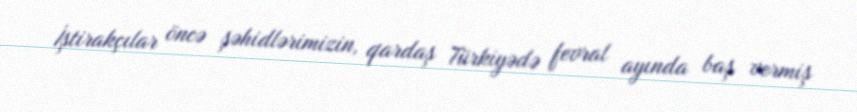
İştirakçılar öncə şəhidlərimizin, qardaş Türkiyədə fevral ayında baş vermiş